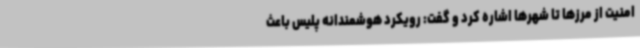
امنیت از مرزها تا شهرها اشاره کرد و گفت: رویکرد هوشمندانه پلیس باعث